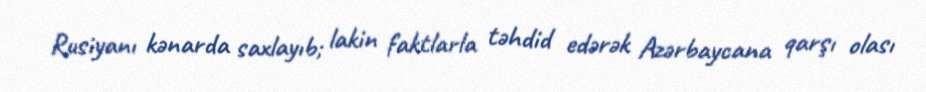
Rusiyanı kənarda saxlayıb; lakin faktlarla təhdid edərək Azərbaycana qarşı olası